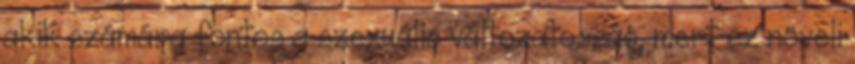
akik számára fontos a szexuális változatosság, mert ez növeli